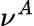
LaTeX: \nu^{A}